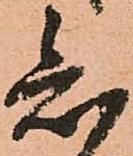
知